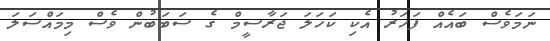
ނަމަވެސް ބައެއް ފަހަރު އެކި ކަހަލަ ޖަރާސީމް ގެ ސަބަބުން ވެސް މިމައްސަލަ